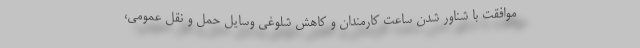
موافقت با شناور شدن ساعت کارمندان و کاهش شلوغی وسایل حمل و نقل عمومی،